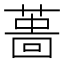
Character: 𦸜